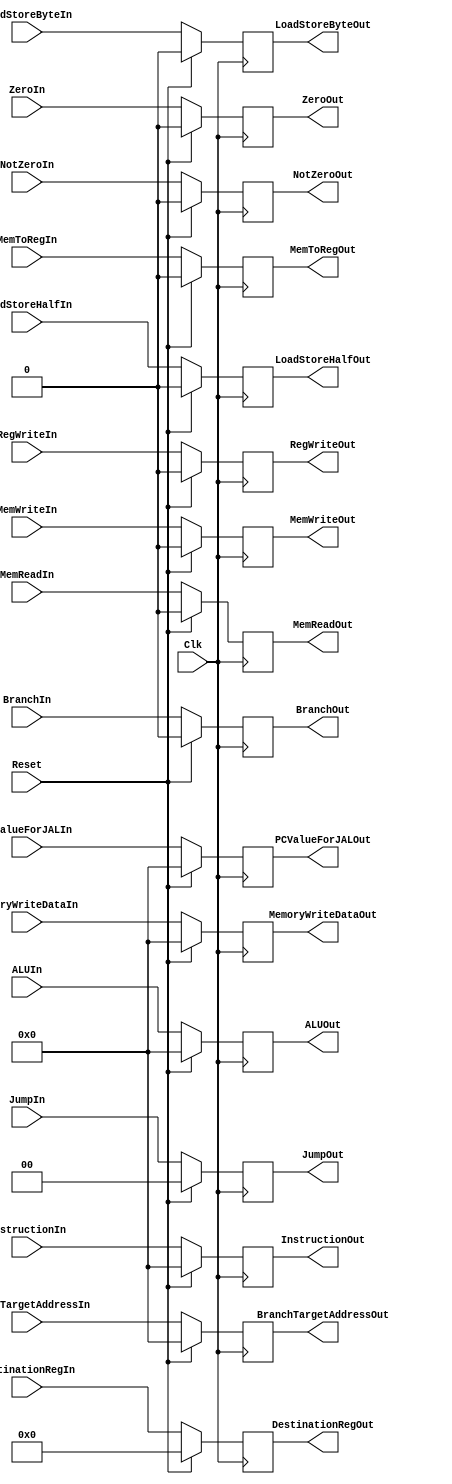
`timescale 1ns / 1ps

////////////////////////////////////////////////////////////////////////////////
// ECE369 - Computer Architecture
//
// Student(s) Name and Last Name:   Derek McMullen
//                                  Brett Bushnell
// Module - EX_Mem_PipeReg.v
// Description - Implements a register between EX and Mem stage of processor
////////////////////////////////////////////////////////////////////////////////

module EX_Mem_PipeReg(Reset, BranchIn, MemReadIn, MemWriteIn, RegWriteIn, MemToRegIn, LoadStoreByteIn, LoadStoreHalfIn, NotZeroIn, JumpIn, BranchTargetAddressIn, ALUIn, ZeroIn, MemoryWriteDataIn, DestinationRegIn, PCValueForJALIn, InstructionIn, Clk, BranchOut, MemReadOut, MemWriteOut, RegWriteOut, MemToRegOut, BranchTargetAddressOut, ALUOut, ZeroOut, MemoryWriteDataOut, DestinationRegOut, PCValueForJALOut, LoadStoreByteOut, LoadStoreHalfOut, NotZeroOut, JumpOut, InstructionOut);

	/* Control Signals*/
    output reg BranchOut; 
    output reg MemReadOut; 
    output reg MemWriteOut; 
    output reg RegWriteOut; 
    output reg MemToRegOut;
    output reg LoadStoreByteOut;
    output reg LoadStoreHalfOut; 
    output reg NotZeroOut;
    output reg [1:0] JumpOut; 

    output reg [31:0] BranchTargetAddressOut;
    output reg [31:0] ALUOut;
    output reg ZeroOut;
    output reg [31:0] MemoryWriteDataOut;
    output reg [4:0] DestinationRegOut; 
    output reg [31:0] PCValueForJALOut; 
    output reg [31:0] InstructionOut; 
    
    /* Control Signals*/
    input Reset; 
    input BranchIn; 
    input MemReadIn; 
    input MemWriteIn; 
    input RegWriteIn;
    input MemToRegIn;
    input LoadStoreByteIn;
    input LoadStoreHalfIn; 
    input NotZeroIn;
    input [1:0] JumpIn; 

    input [31:0] BranchTargetAddressIn;
    input [31:0] ALUIn;
    input ZeroIn;
    input [31:0] MemoryWriteDataIn; 
    input [4:0] DestinationRegIn; 
    input [31:0] PCValueForJALIn; 
    input [31:0] InstructionIn; 
    input Clk; 
        
    always @ (posedge Clk)
        begin
        
        if (Reset == 1) begin
            BranchOut <= 0; 
            MemReadOut <= 0; 
            MemWriteOut <= 0; 
            RegWriteOut <= 0; 
            MemToRegOut <= 0;
            LoadStoreByteOut <= 0;
            LoadStoreHalfOut <= 0;
            NotZeroOut <= 0; 
            JumpOut <= 0;
        
            BranchTargetAddressOut <= 0;
            ALUOut <= 0;
            ZeroOut <= 0;
            MemoryWriteDataOut <= 0; 
            DestinationRegOut <= 0; 
            PCValueForJALOut <= 0; 
            InstructionOut <= 0; 
        end 
        else begin
            BranchOut <= BranchIn; 
            MemReadOut <= MemReadIn; 
            MemWriteOut <= MemWriteIn; 
            RegWriteOut <= RegWriteIn; 
            MemToRegOut <= MemToRegIn;
            LoadStoreByteOut <= LoadStoreByteIn;
            LoadStoreHalfOut <= LoadStoreHalfIn;
            NotZeroOut <= NotZeroIn; 
            JumpOut <= JumpIn;
        
            BranchTargetAddressOut <= BranchTargetAddressIn;
            ALUOut <= ALUIn;
            ZeroOut <= ZeroIn;
            MemoryWriteDataOut <= MemoryWriteDataIn; 
            DestinationRegOut <= DestinationRegIn; 
            PCValueForJALOut <= PCValueForJALIn; 
            InstructionOut <= InstructionIn; 
        end
    end
    
endmodule